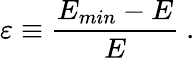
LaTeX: \varepsilon\equiv\frac{E_{min}-E}{E}\ .